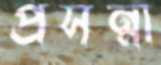
প্রসন্না